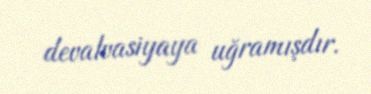
devalvasiyaya uğramışdır.